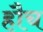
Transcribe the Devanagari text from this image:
हौच